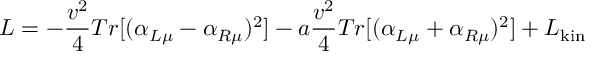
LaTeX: { \cal L } = - \frac { v ^ { 2 } } { 4 } T r [ ( \alpha _ { L \mu } - \alpha _ { R \mu } ) ^ { 2 } ] - a \frac { v ^ { 2 } } { 4 } T r [ ( \alpha _ { L \mu } + \alpha _ { R \mu } ) ^ { 2 } ] + { \cal L } _ { \mathrm { k i n } }